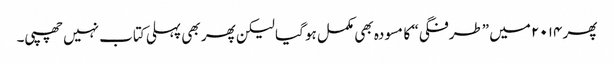
پھر ۲۰۱۴ میں ”طرفگی“ کا مسودہ بھی مکمل ہو گیا لیکن پھر بھی پہلی کتاب نہیں چھپی۔